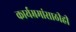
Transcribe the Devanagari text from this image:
कार्यम्रमांसाठीही